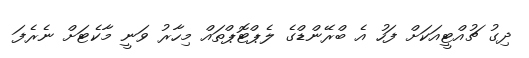
ދިގު ޗުއްޓީއަކަށް ފަހު އެ ބްރޭންޑްގެ ލެޕްޓޮޕްތައް މިހާރު ވަނީ މާކެޓަށް ނެރެފަ